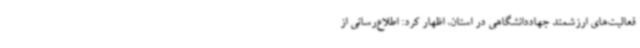
فعالیت‌های ارزشمند جهاددانشگاهی در استان، اظهار کرد: اطلاع‌رسانی از